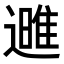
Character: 𮟌